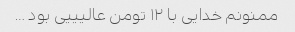
ممنونم خدایی با ۱۲ تومن عالیییی بود …